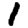
Digit: 1